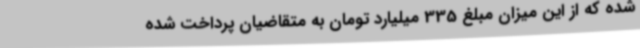
شده که از این میزان مبلغ 335 میلیارد تومان به متقاضیان پرداخت شده